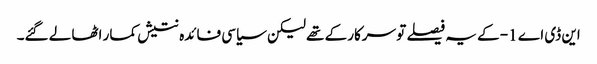
این ڈی اے 1- کے یہ فیصلے تو سرکار کے تھے لیکن سیاسی فائدہ نتیش کمار اٹھا لے گئے۔